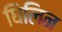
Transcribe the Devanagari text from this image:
धिलिन